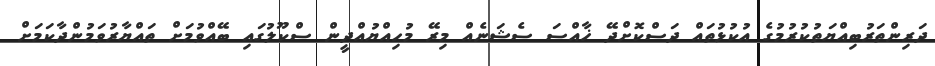
ދަރިންތަރުބިއްޔަތުކުރުމުގެ އުކުޅުތައް ދަސްކޮށްދޭ ޚާއްސަ ސެޝަނެއް މިރޭ މުހިއްޔުއްދީން ސްކޫލުގައި ބޭއްވުމަށް ތައްޔާރުވަމުންދާކަމަށް